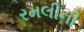
રમલીની